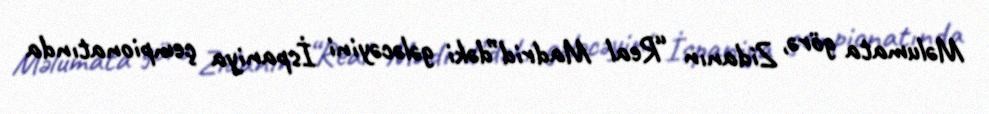
Məlumata görə, Zidanın “Real Madrid”dəki gələcəyini İspaniya çempionatında